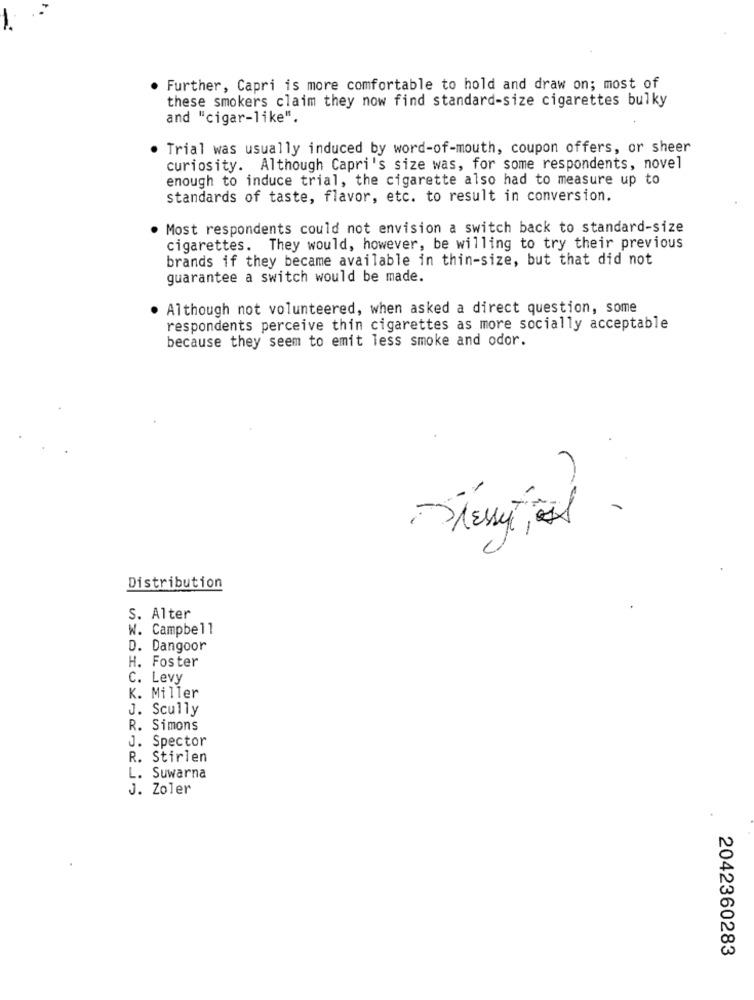
Further, Capri is more comfortable to hold and draw on; most of
these smokers claim they now find standard-size cigarettes bulky
and "cigar-like".
Trial was usually induced by word-of-mouth, coupon offers, or sheer
curiosity. Although Capri's size was, for some respondents, novel
enough to induce trial, the cigarette also had to measure up to
standards of taste, flavor, etc. to result in conversion.
. Most respondents could not envision a switch back to standard-size
cigarettes. They would, however, be willing to try their previous
brands if they became available in thin-size, but that did not
guarantee a switch would be made.
Although not volunteered, when asked a direct question, some
respondents perceive thin cigarettes as more socially acceptable
because they seem to emit less smoke and odor.
-Stessetil
-
Distribution
S. Alter
W. Campbell
D. Dangoor
H. Foster
c. Levy
K. Miller
J. Scully
R. Simons
J. Spector
R. Stirlen
L. Suwarna
J. Zoler
2042360283